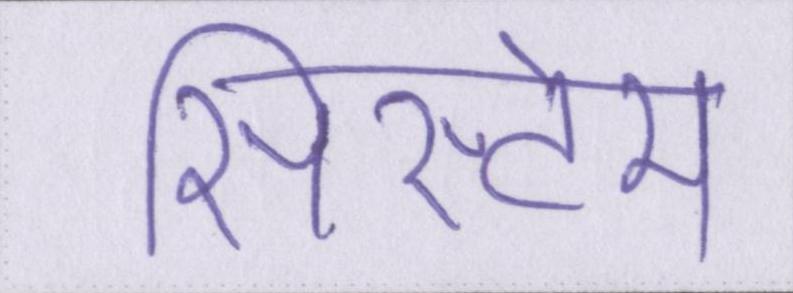
सिस्टेम